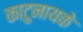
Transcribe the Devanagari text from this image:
काटुनायके